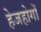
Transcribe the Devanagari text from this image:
हेजहोगों